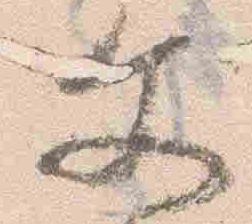
文